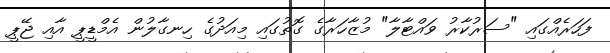
ފަހަރެއްގައި "ސަރުކާރު ވައްޓާލާ" މުޒާހަރާގެ ގޮތުގައި މިއަދުގެ ހިނގާލުން އެމްޑީޕީ އާއި ޖޭޕީ